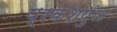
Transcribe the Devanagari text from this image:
प्रकशपुंज